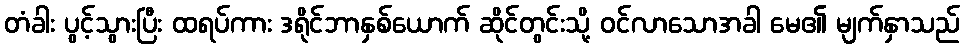
တံခါး ပွင့်သွားပြီး ထရပ်ကား ဒရိုင်ဘာနှစ်ယောက် ဆိုင်တွင်းသို့ ဝင်လာသောအခါ မေ၏ မျက်နှာသည်